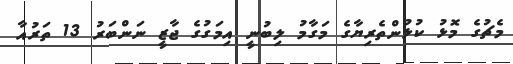
މެޗުގެ މޮޅު ކުޅުންތެރިޔާގެ މަގާމު ލިބުނީ އިމަގުގެ ޖާޒީ ނަންބަރު 13 ތަރުއާ